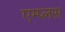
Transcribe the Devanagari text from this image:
एम्प्लस